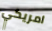
امريكي